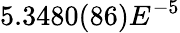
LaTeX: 5.3480(86)E^{-5}